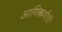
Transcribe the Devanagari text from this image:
आणिबाणीची